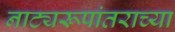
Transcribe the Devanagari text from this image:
नाट्यरूपांतराच्या